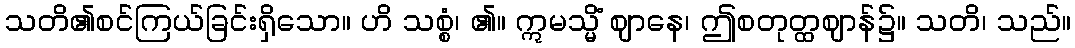
သတိ၏စင်ကြယ်ခြင်းရှိသော။ ဟိ သစ္စံ၊ ၏။ ဣမသ္မိံ ဈာနေ၊ ဤစတုတ္ထဈာန်၌။ သတိ၊ သည်။